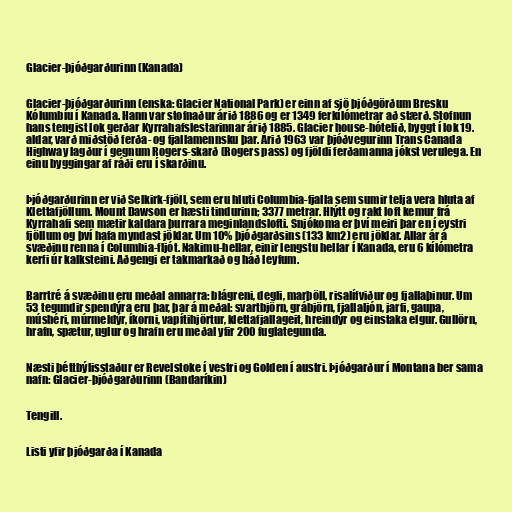
Glacier-þjóðgarðurinn (Kanada)

Glacier-þjóðgarðurinn (enska: Glacier National Park) er einn af sjö þjóðgörðum Bresku
Kólumbíu í Kanada. Hann var stofnaður árið 1886 og er 1349 ferkílómetrar að stærð. Stofnun
hans tengist lok gerðar Kyrrahafslestarinnar árið 1885. Glacier house-hótelið, byggt í lok 19.
aldar, varð miðstöð ferða- og fjallamennsku þar. Árið 1963 var þjóðvegurinn Trans Canada
Highway lagður í gegnum Rogers-skarð (Rogers pass) og fjöldi ferðamanna jókst verulega. En
einu byggingar af ráði eru í skarðinu.

Þjóðgarðurinn er við Selkirk-fjöll, sem eru hluti Columbia-fjalla sem sumir telja vera hluta af
Klettafjöllum. Mount Dawson er hæsti tindurinn; 3377 metrar. Hlýtt og rakt loft kemur frá
Kyrrahafi sem mætir kaldara þurrara meginlandslofti. Snjókoma er því meiri þar en í eystri
fjöllum og því hafa myndast jöklar. Um 10% þjóðgarðsins (133 km2) eru jöklar. Allar ár á
svæðinu renna í Columbia-fljót. Nakimu-hellar, einir lengstu hellar í Kanada, eru 6 kílómetra
kerfi úr kalksteini. Aðgengi er takmarkað og háð leyfum.

Barrtré á svæðinu eru meðal annarra: blágreni, degli, marþöll, risalífviður og fjallaþinur. Um
53 tegundir spendýra eru þar, þar á meðal: svartbjörn, grábjörn, fjallaljón, jarfi, gaupa,
múshéri, múrmeldýr, íkorni, vapítihjörtur, klettafjallageit, hreindýr og einstaka elgur. Gullörn,
hrafn, spætur, uglur og hrafn eru meðal yfir 200 fuglategunda.

Næsti þéttbýlisstaður er Revelstoke í vestri og Golden í austri. Þjóðgarður í Montana ber sama
nafn: Glacier-þjóðgarðurinn (Bandaríkin)

Tengill.

Listi yfir þjóðgarða í Kanada